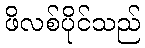
ဖိလစ်ပိုင်သည်